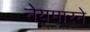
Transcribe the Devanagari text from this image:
नेयमारने